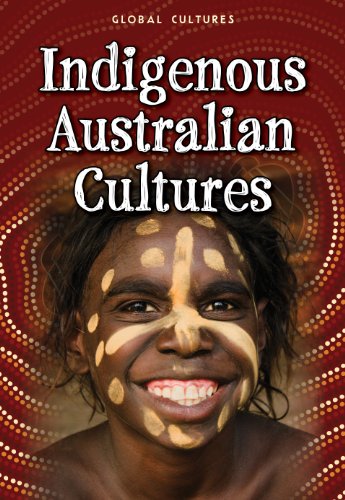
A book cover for Indigenous Australian Cultures (Global Cultures); Mary Colson; Children's Books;